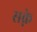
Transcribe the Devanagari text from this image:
सक्ने